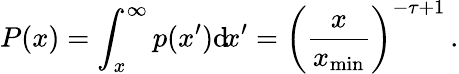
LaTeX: P(x)=\int_{x}^{\infty}p(x^{\prime})\mathrm{d}\! x^{\prime}=\left(\frac{x}{x_{\mathrm{min}}}\right)^{-\tau+1}\, .